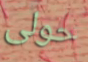
حولى